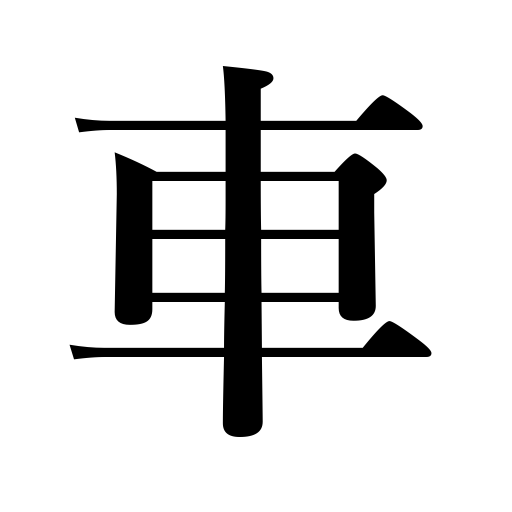
Meanings: wagon,go-cart,wheel,van,vehicle,carriage,automobile,wheelbarrow,jinricksha,a vehicle load,cart